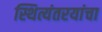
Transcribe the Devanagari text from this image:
स्थित्यंतरयांचा